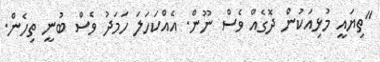
"ތިޔައީ މުޅިއަކުން ދޮގެއް ވެސް ނޫން. އެއްކަހަލަ ހަމަދު ވެސް ބުނީ ތިހެން.